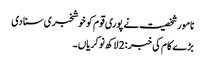
نامور شخصیت نے پوری قوم کو خوشخبری سنا دی
بڑے کام کی خبر : 2 لاکھ نوکریاں ۔